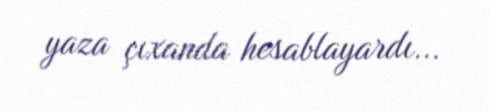
yaza çıxanda hesablayardı...